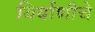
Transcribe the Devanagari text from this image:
बिर्याणीचे